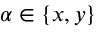
\alpha \in \{ x , y \}